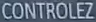
CONTROLEZ